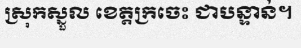
ស្រុកស្នួល ខេត្តក្រចេះ ជាបន្ទាន់។